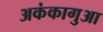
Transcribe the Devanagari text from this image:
अकंकागुआ